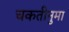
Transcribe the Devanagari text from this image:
चकतीनुमा